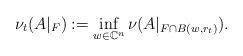
LaTeX: \begin{align*}\nu_t (A|_F) := \inf_{w \in \mathbb{C}^n} \nu(A|_{F \cap B(w,r_t)}).\end{align*}